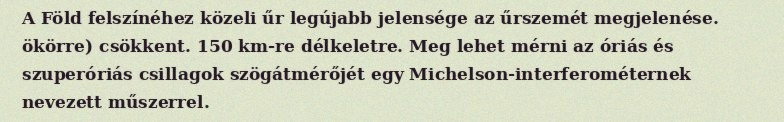
A Föld felszínéhez közeli űr legújabb jelensége az űrszemét megjelenése. ökörre) csökkent. 150 km-re délkeletre. Meg lehet mérni az óriás és szuperóriás csillagok szögátmérőjét egy Michelson-interferométernek nevezett műszerrel.